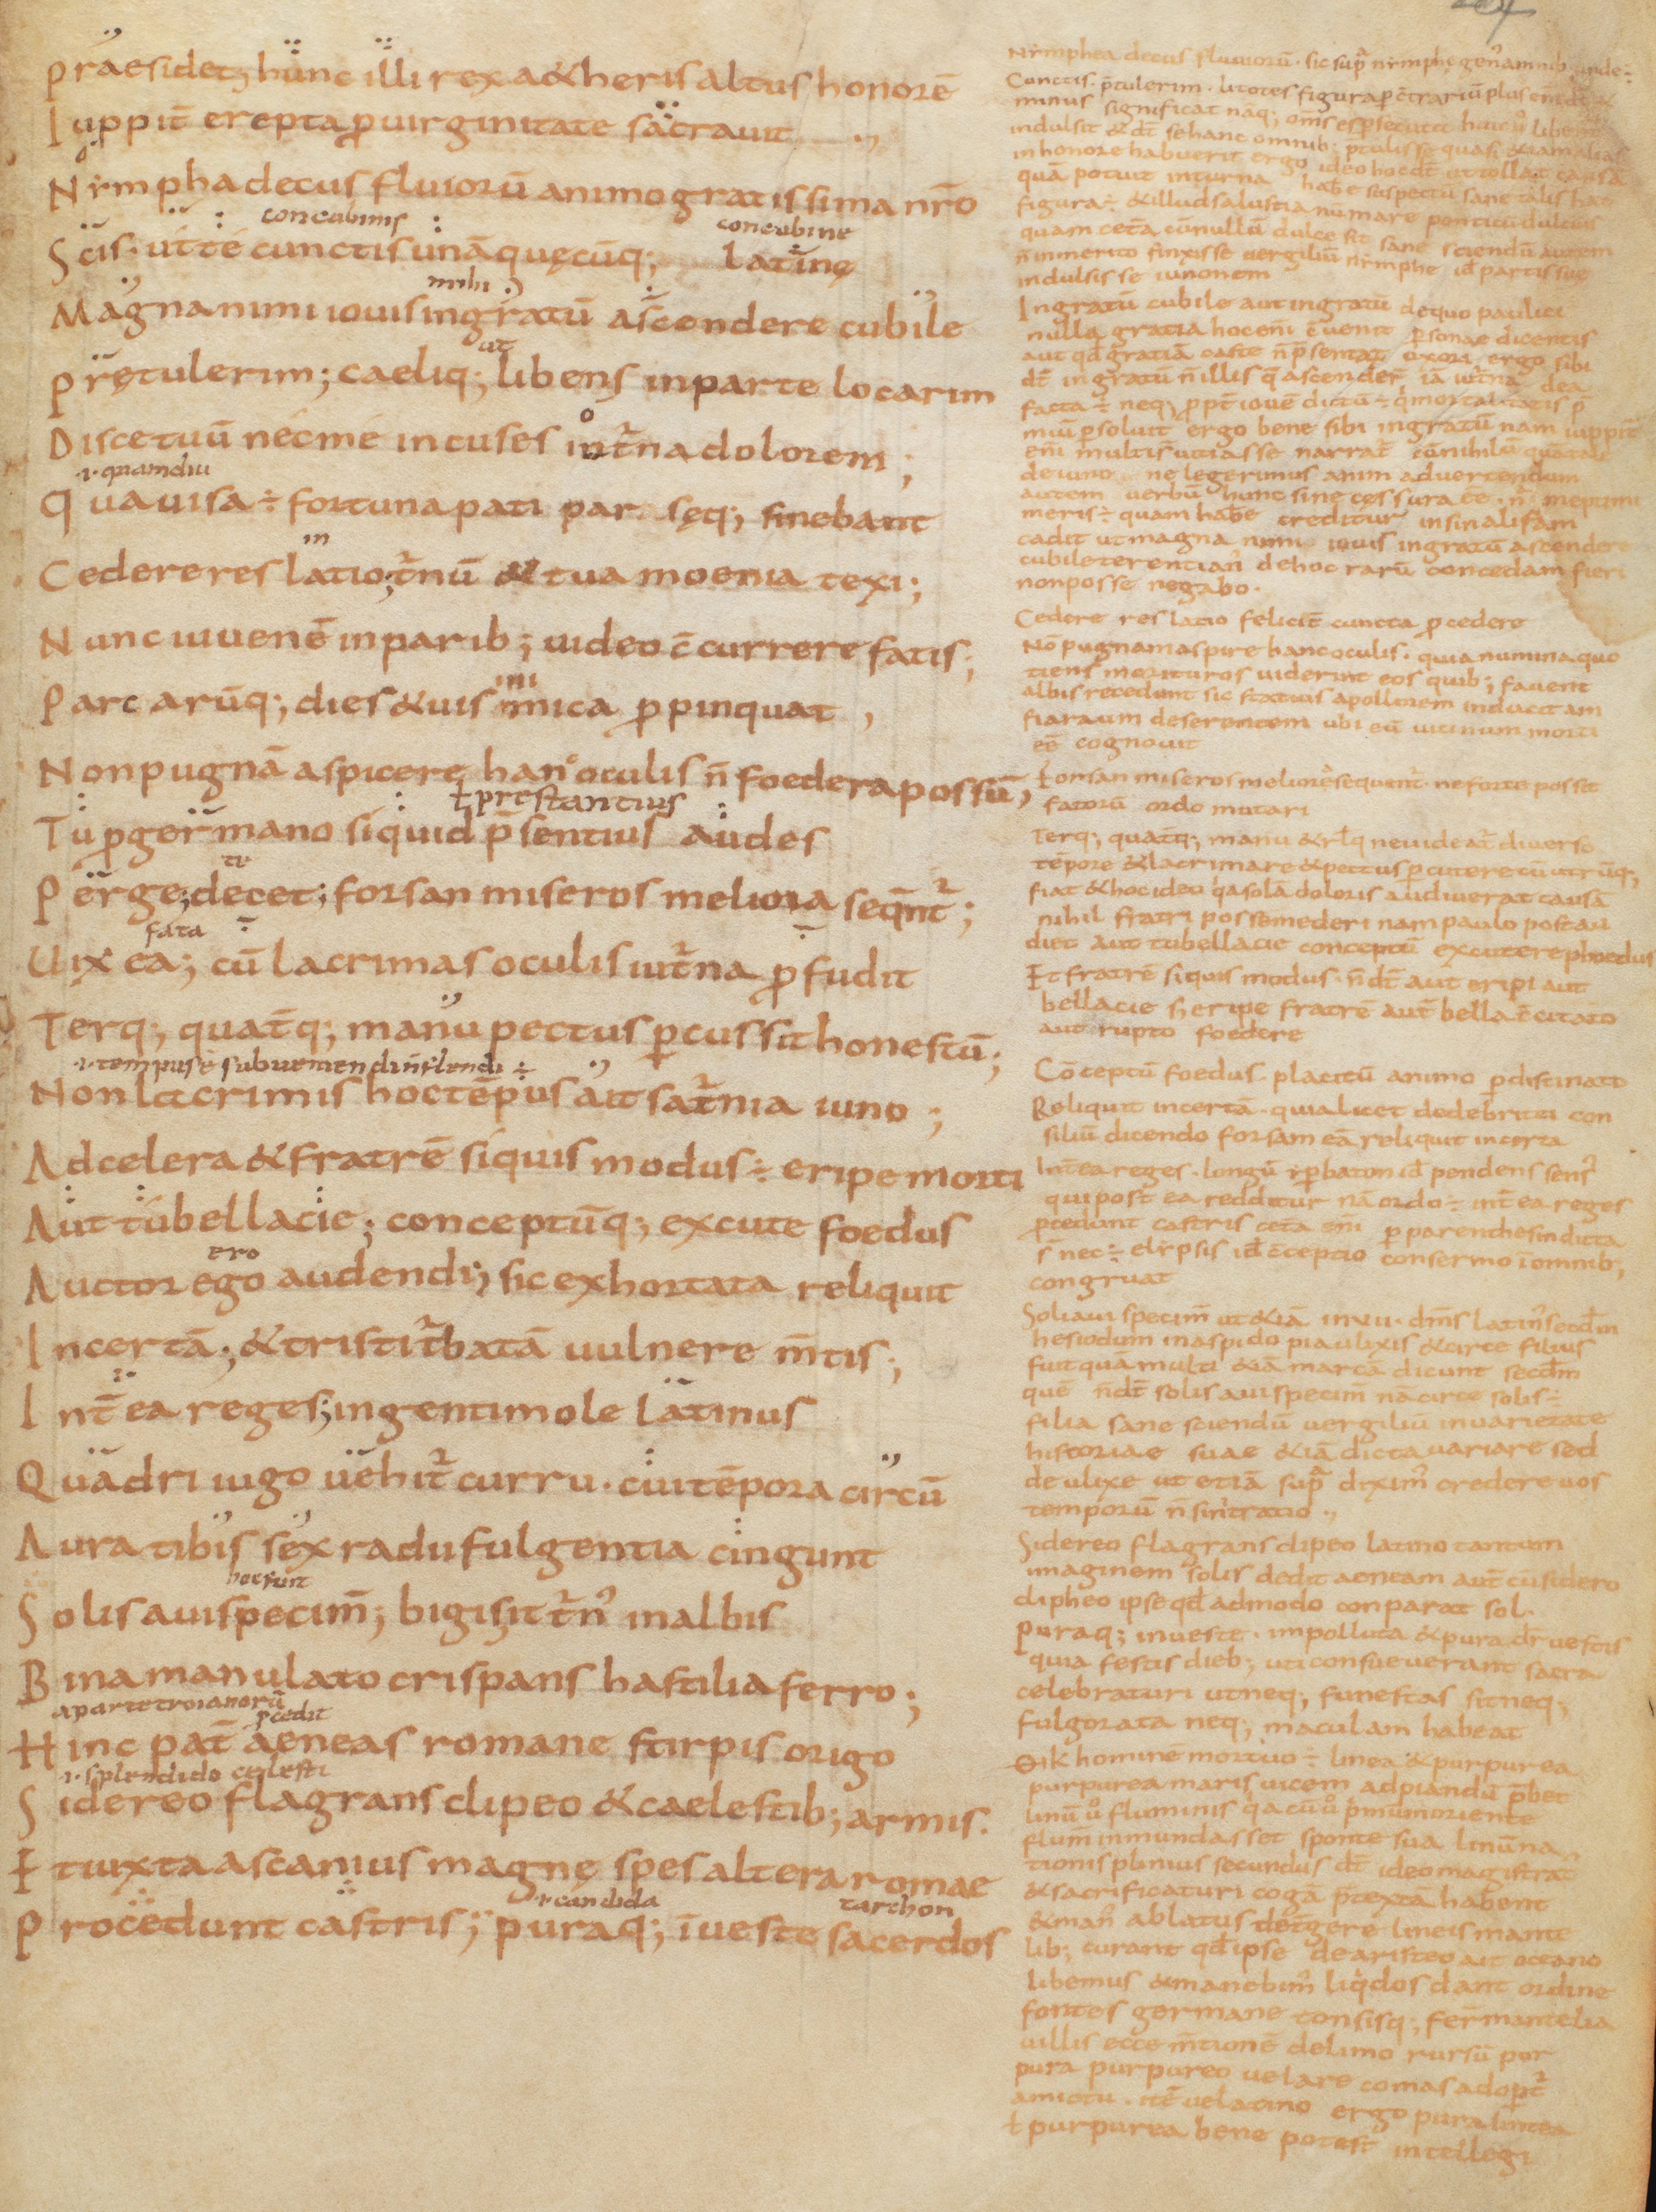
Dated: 850–999